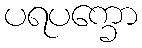
ပရပက္ခော